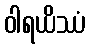
ဝါရယိဿံ